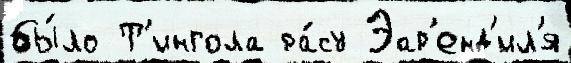
бы́ло Т'ингола ра́су Эар'енд'ил'я